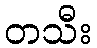
တသီး